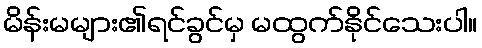
မိန်းမများ၏ရင်ခွင်မှ မထွက်နိုင်သေးပါ။